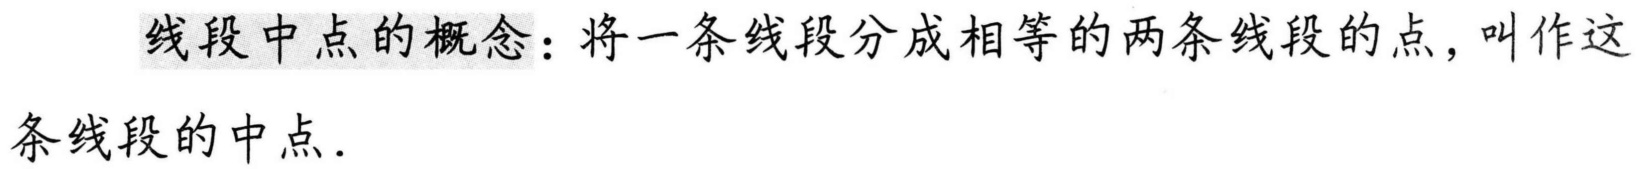
线段中点的概念：将一条线段分成相等的两条线段的点，叫作这条线段的中点.